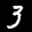
Label: 3